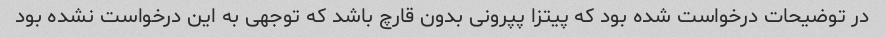
در توضیحات درخواست شده بود که پیتزا پپرونی بدون قارچ باشد که توجهی به این درخواست نشده بود